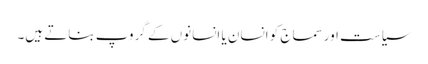
سیاست اورسماج کو انسان یا انسانوں کے گروپ بناتے ہیں۔